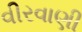
વીરવાણી